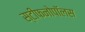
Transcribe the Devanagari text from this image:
स्टीफनोपॉलस